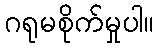
ဂရုမစိုက်မှုပါ။